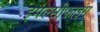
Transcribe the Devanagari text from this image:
इमल्सीफाइंग